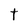
Character: t